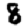
Digit: 8